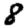
Digit: 8